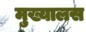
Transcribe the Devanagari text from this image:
मुख्यालस